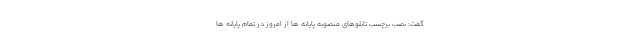
گفت: نصب برچسب تابلوهای منصوبه پایانه ها از امروز در تمام پایانه ها